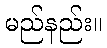
မည်နည်း။